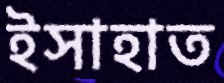
ইসাহাত